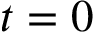
t = 0